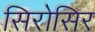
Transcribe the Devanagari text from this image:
सिरोसिर